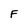
Character: F